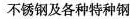
不锈钢及各种特种钢